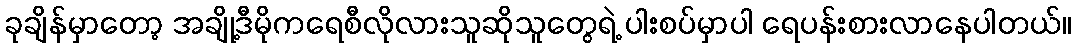
ခုချိန်မှာတော့ အချို့ဒီမိုကရေစီလိုလားသူဆိုသူတွေရဲ့ ပါးစပ်မှာပါ ရေပန်းစားလာနေပါတယ်။